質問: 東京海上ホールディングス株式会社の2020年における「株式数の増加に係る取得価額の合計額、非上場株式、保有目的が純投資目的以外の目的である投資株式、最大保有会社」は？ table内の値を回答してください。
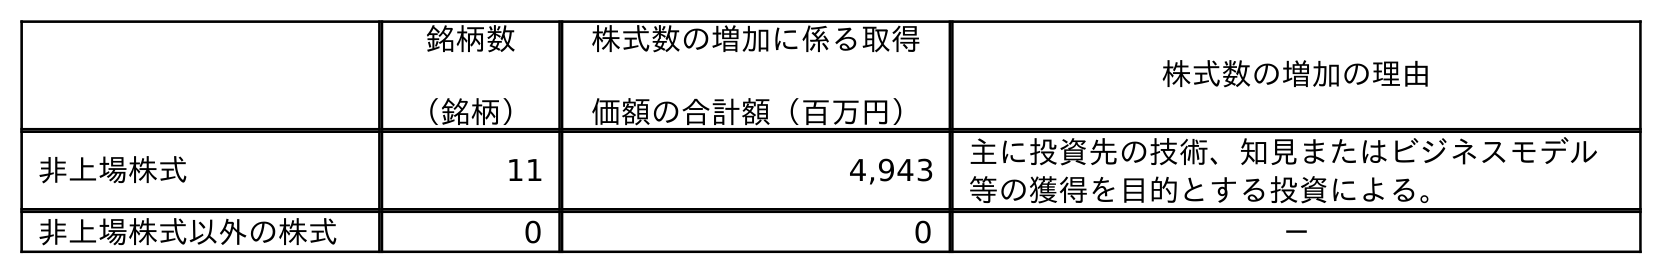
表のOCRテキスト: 銘柄数 （銘柄） 株式数の増加に係る取得 価額の合計額（百万円） 株式数の増加の理由 非上場株式 11 4,943 主に投資先の技術、知見またはビジネスモデル 等の獲得を目的とする投資による。 非上場株式以外の株式 0 0 －
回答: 4,943